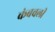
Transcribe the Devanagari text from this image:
कंबवली